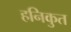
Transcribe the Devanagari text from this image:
हनिकुत